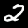
Digit: 2